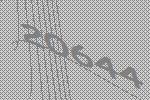
20644